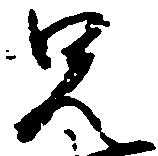
兄